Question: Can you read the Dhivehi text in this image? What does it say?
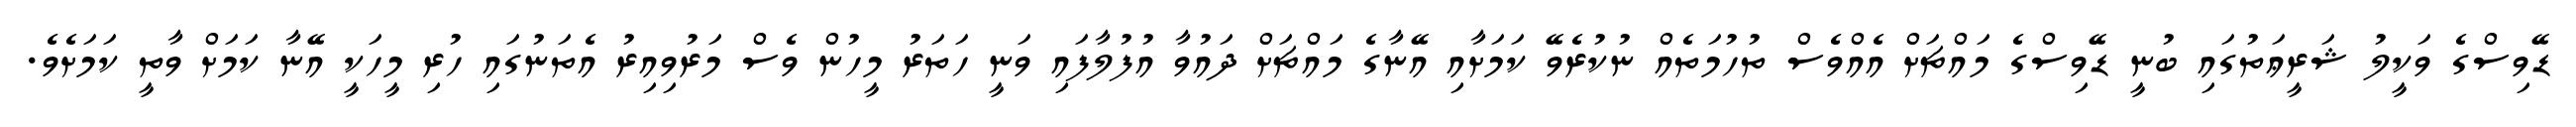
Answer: ޑޭވިސްގެ ވަކީލު ޝަރީޢަތުގައި ބުނީ ޑޭވިސްގެ މައްޗަށް އެއްވެސް ތުހުމަތެއް ނުކުރެވޭ ކަމަށާއި އޭނާގެ މައްޗަށް ދައުވާ އުފުލާފައި ވަނީ ހަތަރު މީހުން ވެސް މަރުވިއިރު އެތަނުގައި ހުރި މީހަކީ އޭނާ ކަމަށް ވާތީ ކަމަށެވެ.